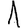
Digit: 1